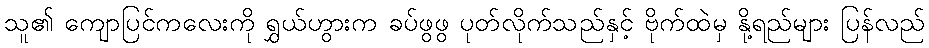
သူ၏ ကျောပြင်ကလေးကို ရွှယ်ဟွားက ခပ်ဖွဖွ ပုတ်လိုက်သည်နှင့် ဗိုက်ထဲမှ နို့ရည်များ ပြန်လည်